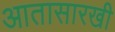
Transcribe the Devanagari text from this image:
आतासारखी